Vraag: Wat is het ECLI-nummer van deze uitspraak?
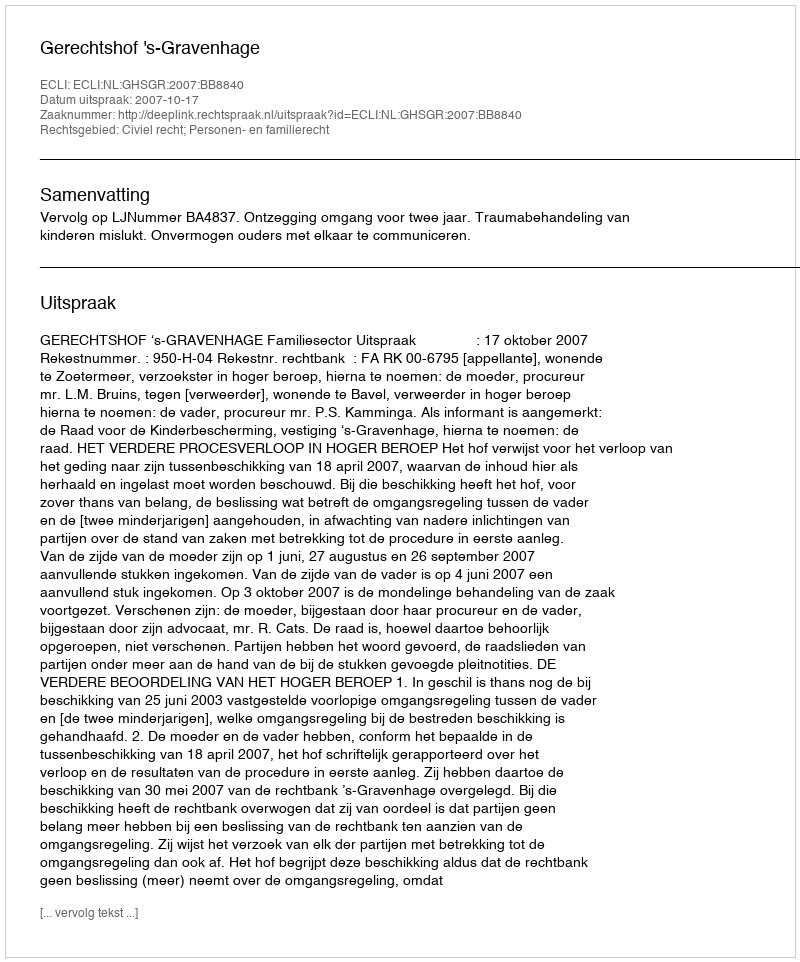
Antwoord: ECLI:NL:GHSGR:2007:BB8840